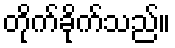
တိုက်ခိုက်သည်။